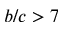
b / c > 7